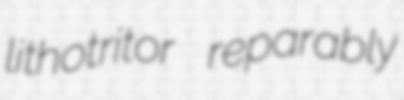
lithotritor reparably